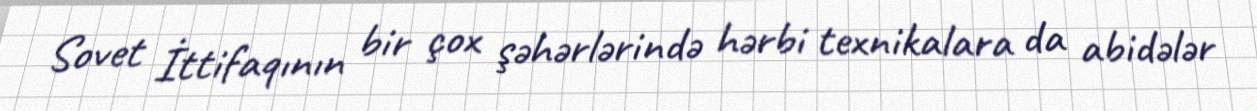
Sovet İttifaqının bir çox şəhərlərində hərbi texnikalara da abidələr